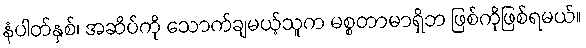
နံပါတ်နှစ်၊ အဆိပ်ကို သောက်ချမယ့်သူက မစ္စတာမာရှိဘ ဖြစ်ကိုဖြစ်ရမယ်။